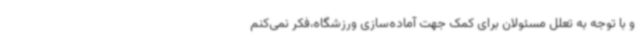
و با توجه به تعلل مسئولان برای کمک جهت آماده‌سازی ورزشگاه،فکر نمی‌کنم